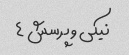
نیکی و پرسش ۴